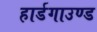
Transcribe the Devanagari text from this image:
हार्डगाउण्ड